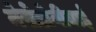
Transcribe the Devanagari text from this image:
मेसेडोनीयाई